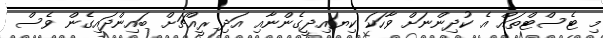
މި ޓެސްޓްތައް އެ ކުދިންނަށް ވާހަކަ ކިޔައިދީގެންނާއި އަދި ރީއްޗަށް ބައިންދައިގެން ވެސް